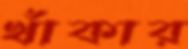
খাঁকার